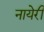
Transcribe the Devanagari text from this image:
नायेरी